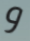
و